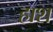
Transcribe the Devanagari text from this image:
हाश